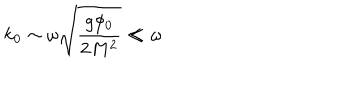
k _ { 0 } \sim \omega \sqrt { \frac { g \phi _ { 0 } } { 2 M ^ { 2 } } } \ll \omega